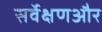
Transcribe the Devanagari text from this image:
सर्वेक्षणऔर